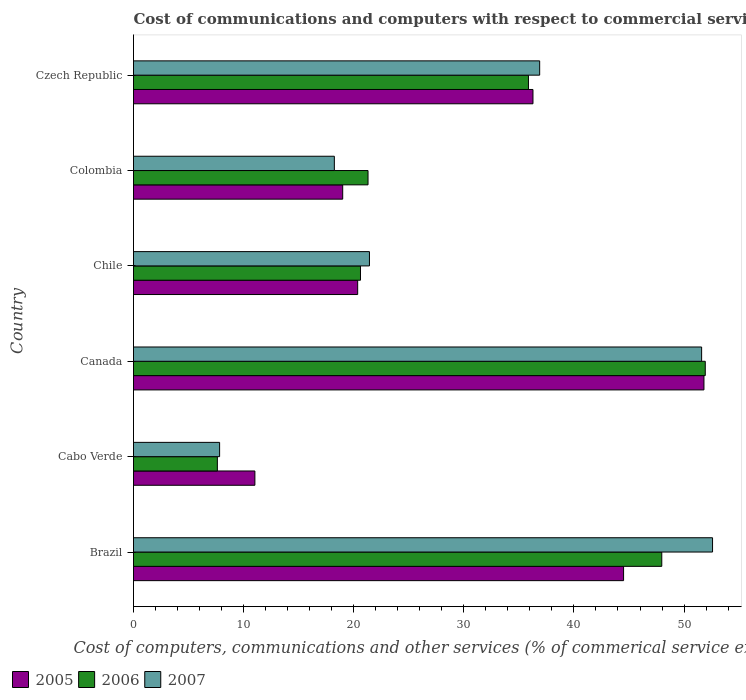
| Country | 2005 | 2006 | 2007 |
 | --- | --- | --- | --- |
 | Brazil | 44.5 | 48 | 52.6 |
 | Cabo Verde | 11 | 7.62 | 7.82 |
 | Canada | 51.8 | 51.9 | 51.6 |
 | Chile | 20.4 | 20.6 | 21.4 |
 | Colombia | 19 | 21.3 | 18.2 |
 | Czech Republic | 36.3 | 35.9 | 36.9 |